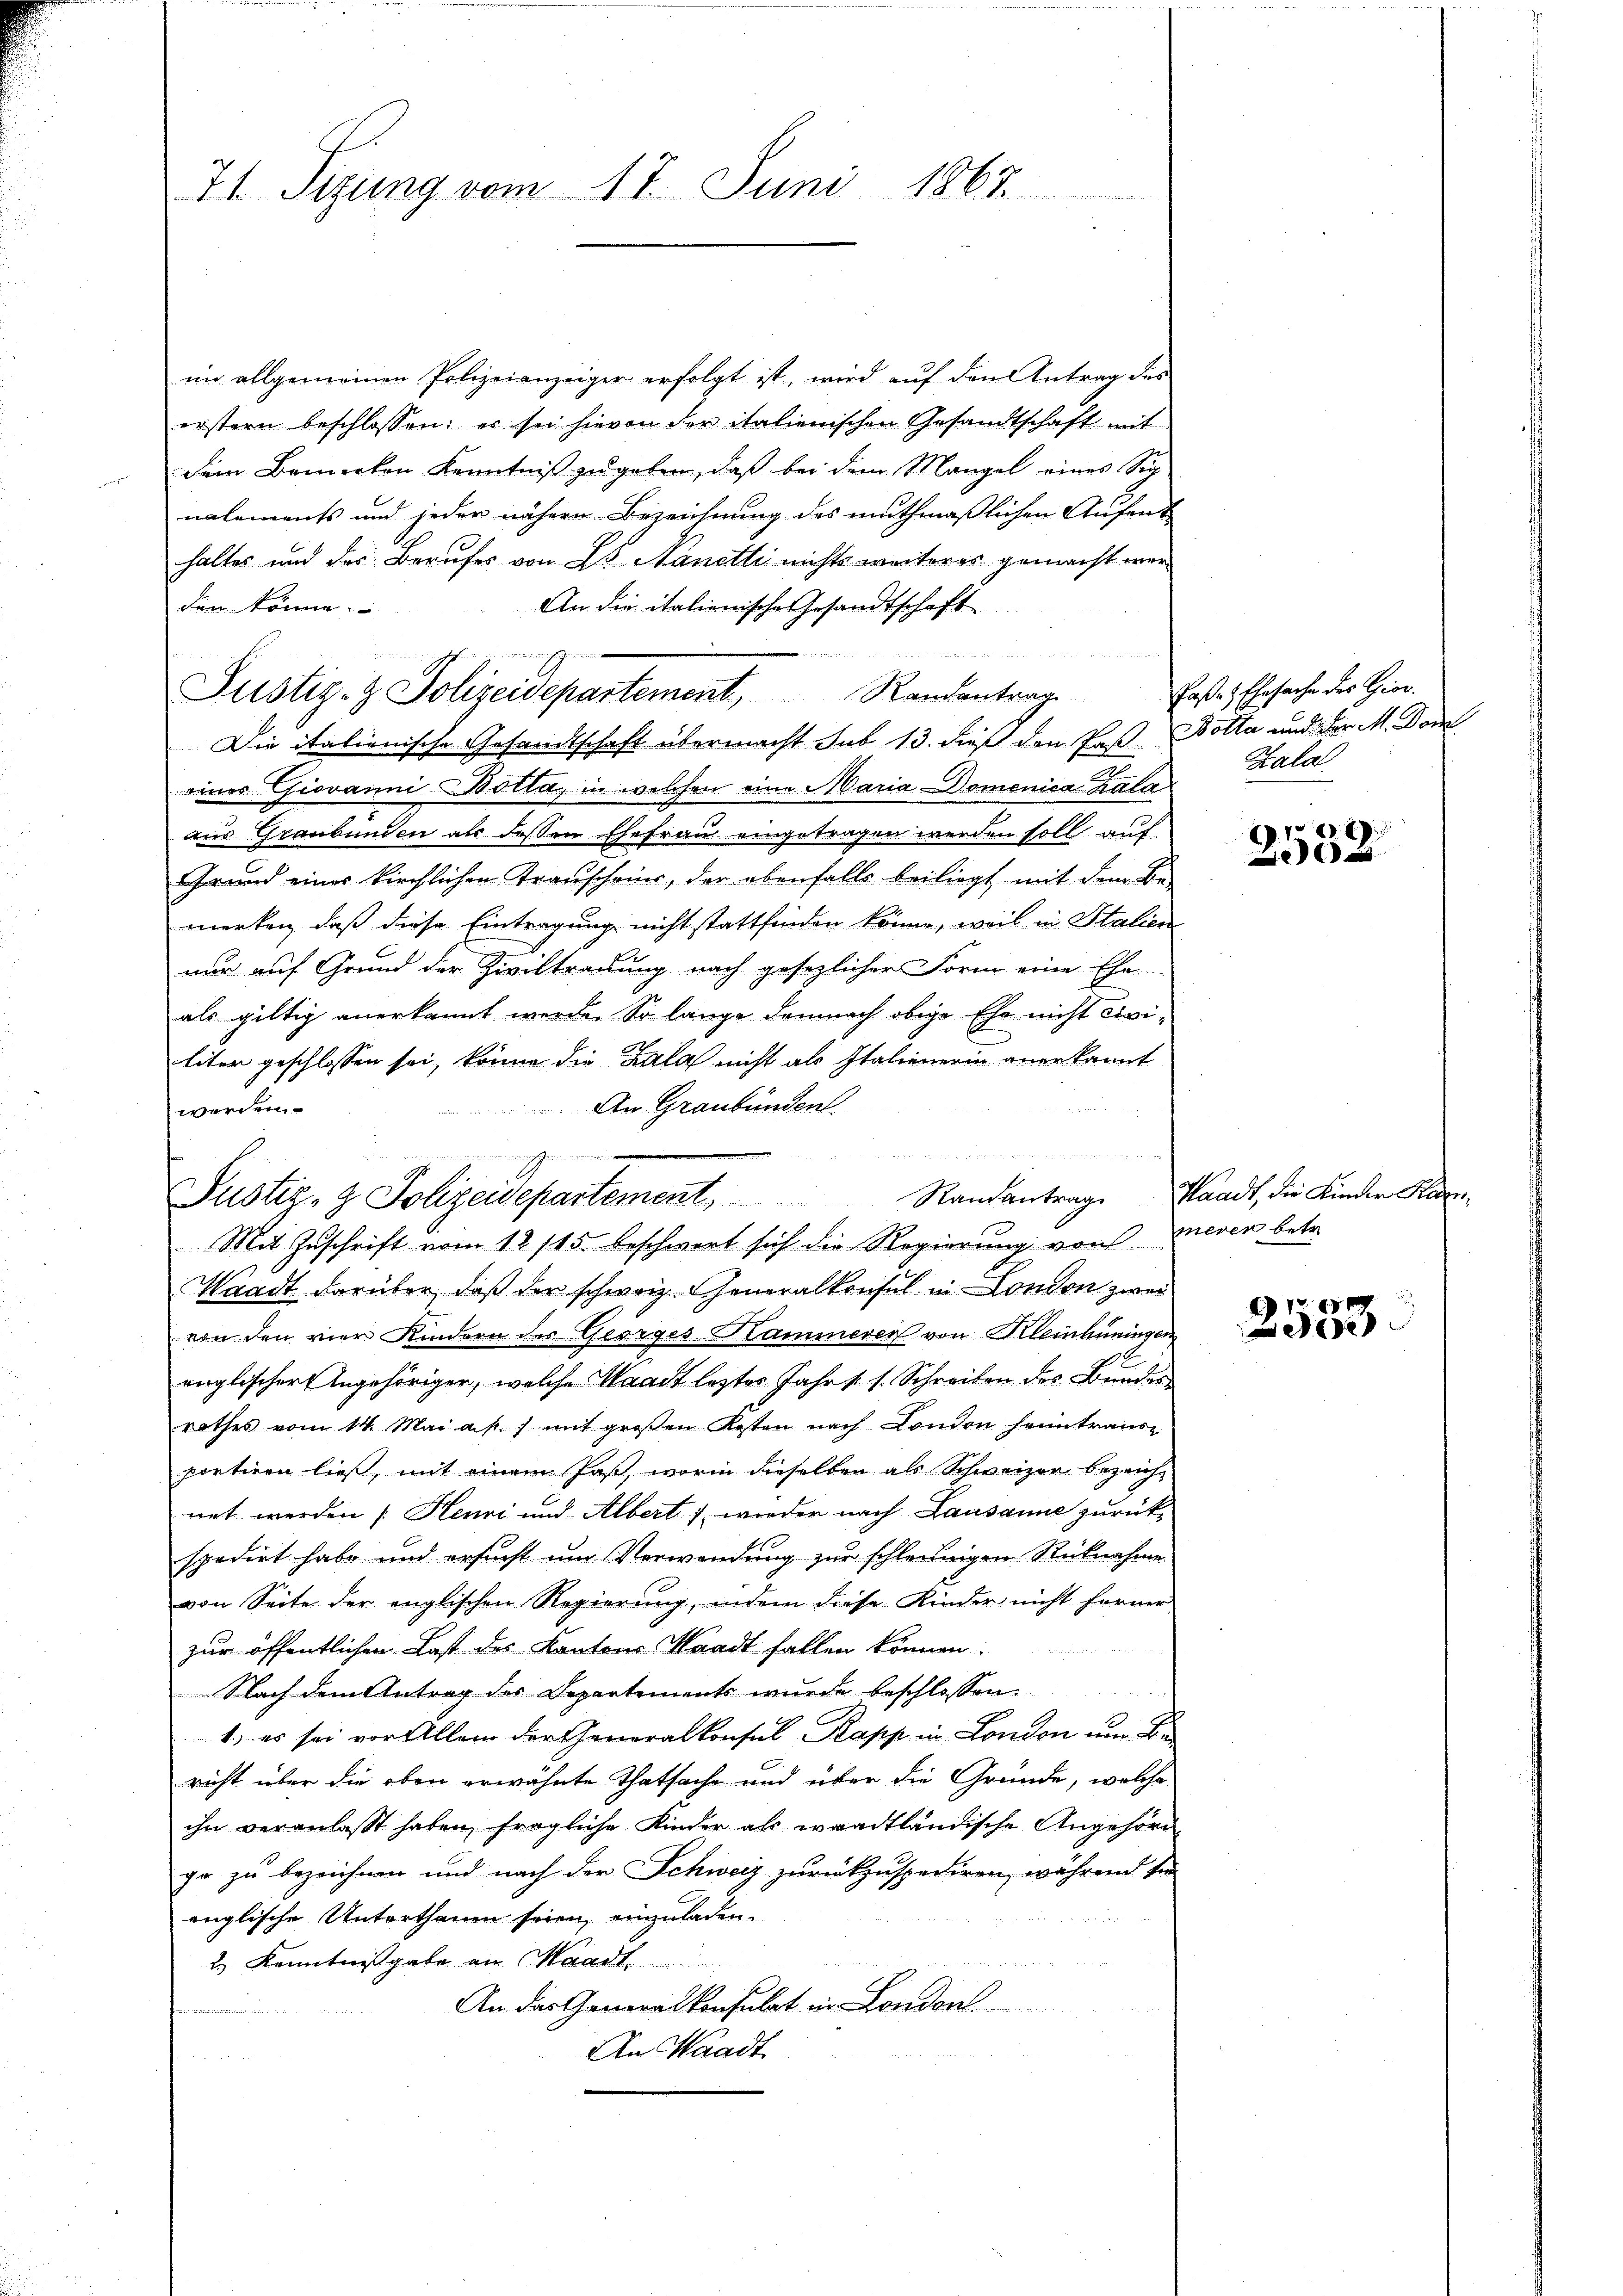
74. Seizung vom 17. Juni 1867.

im allgemeinen Polizeianzeiger erfolgt ist, wird aŭf den Antrag des
erstern beschlossen: er sei hievon der italienischen Gesandtschaft mit
dem Bemerken Kenntniß zu geben, daß bei dem Mangel eines Sig
nalements und jeder nähern Bezeichnung des muthmaßlichen Aufent
haltes und des Berufes von Es Nanetli nichts weiteres gemacht wer
den könne.
An die italienische Gesandtschaft

Justiz- & Polizeidepartement, Randantrag
Die italienische Gesandtschaft übermacht sub 13. dieß den Faß, Botta und der M. Dom
eines Giovanni Bolla, in welchen eine Maria Domenica Kala
aus Graubünden als dessen Ehefrau eingetragen werden soll auf
Grund eines kirchlichen Transchein, der ebenfalls beiliegt mit dem Be-
merken, daß diese Eintragung nicht stattfinden könne, weil in Stalien
nur auf Grund der Ziviltradung nach gesezlichers Form eine Ehe
als gültig anerkannt werde. So lange demnach obige Ehe nicht civiliter geschlossen sei, könne die Kala nicht als Italienerin anerkannt
An Graubünden.
werden.
Mit Zuschrift vom 12. 115. beschwert sich die Regierung von oneren betr.
Waadt darüber, daß der schweiz. Generalkonsul in London zwei
von den vier Kindern des Georges Hammerer von Kleinhüningen
englischert Angehöriger, welche Waadt lezter Jahr 1. s. Schreiben des Bundes
rathes vom 14. Mai a. p. / mit groβen Kosten nach London heimtranst
portiren ließ, mit einem Past, worin dieselben als Schweizer bezeichnet werden (Henri und Albert. 1 wieder nach Lausanne zurück-
spedirt habe und ersucht um Verwendung zur schleunigen Rücknahme
von Seite der englischen Regierung, indem diese Kinder nicht ferner
zur öffentlichen Last des Kantons Waadt fallen können:
Nach dem Antrag des Departements wurde beschlossen:
1.) es sei vor Allem der Generalkonsul Papp in London um Be
richt über die oben erwähnte Thatsache und über die Gründe, welche
ihn veranlaßt haben, fragliche Kinder als waadtländische Angehöre
ge zu bezeichnen und nach der Schweiz zurückzuspediren, während sie
englische Unterthanen seien, einzuladen.
H. Kenntnißgabe an Waadt
An das Generalkonsulat in London.
An Waadt

räg

Justiz- & Polizeidepartement,

Paßes Ehesache des Gior.
Bald

2532

Randantrag. Waadt, die Kinder Karn

2583.